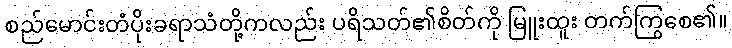
စည်မောင်းတံပိုးခရာသံတို့ကလည်း ပရိသတ်၏စိတ်ကို မြူးထူး တက်ကြွစေ၏။